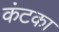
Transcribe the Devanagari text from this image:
कंटका